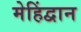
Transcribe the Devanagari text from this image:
मेहिंद्वान